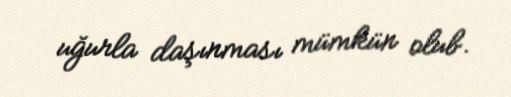
uğurla daşınması mümkün olub.